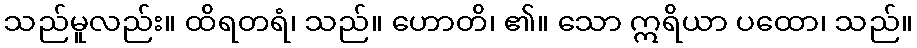
သည်မူလည်း။ ထိရတရံ၊ သည်။ ဟောတိ၊ ၏။ သော ဣရိယာ ပထော၊ သည်။